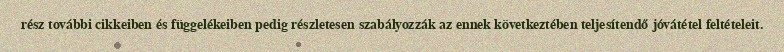
rész további cikkeiben és függelékeiben pedig részletesen szabályozzák az ennek következtében teljesítendő jóvátétel feltételeit.